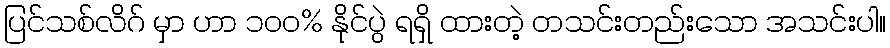
ပြင်သစ်လိဂ် မှာ ဟာ ၁၀၀% နိုင်ပွဲ ရရှိ ထားတဲ့ တသင်းတည်းသော အသင်းပါ။